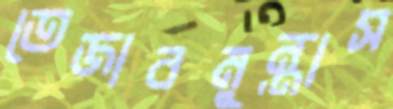
তেজাবমুন্তাস